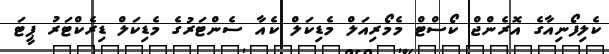
ކެލިފޯނިއާގެ އޮރެންޖް ކޯސްޓް މެމޯރިއަލް މެޑިކަލް ކެއާ ސެންޓަރުގެ މެޑިކަލް ޑިރެކްޓަރު ޕީޓަ